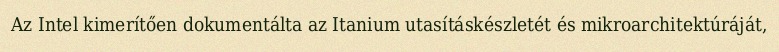
Az Intel kimerítően dokumentálta az Itanium utasításkészletét és mikroarchitektúráját,